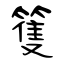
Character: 篗